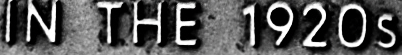
IN THE 1920S